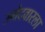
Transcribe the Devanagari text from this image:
उमेदवारला